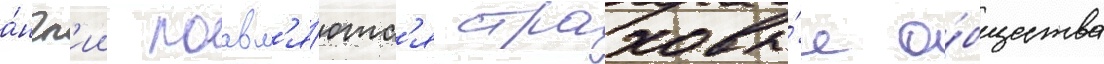
а́нгл'ии поавл'я́ютс'я страховы́е о́бщества